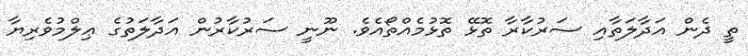
ތީ ދެން އަދާލަތާއި ސަރުކާރާ ތޮޅޭ ތޮޅުމެއްތޯއެވެ. ނޫނީ ސަރުކާރުން އަދާލަތުގެ ޢިލްމުވެރިޔާ